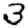
Digit: 3